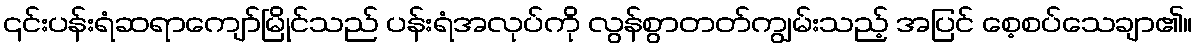
၎င်းပန်းရံဆရာကျော်မြိုင်သည် ပန်းရံအလုပ်ကို လွန်စွာတတ်ကျွမ်းသည့် အပြင် စေ့စပ်သေချာ၏။